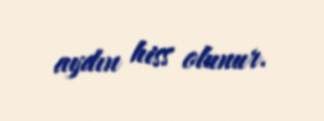
aydın hiss olunur.